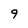
Character: 9